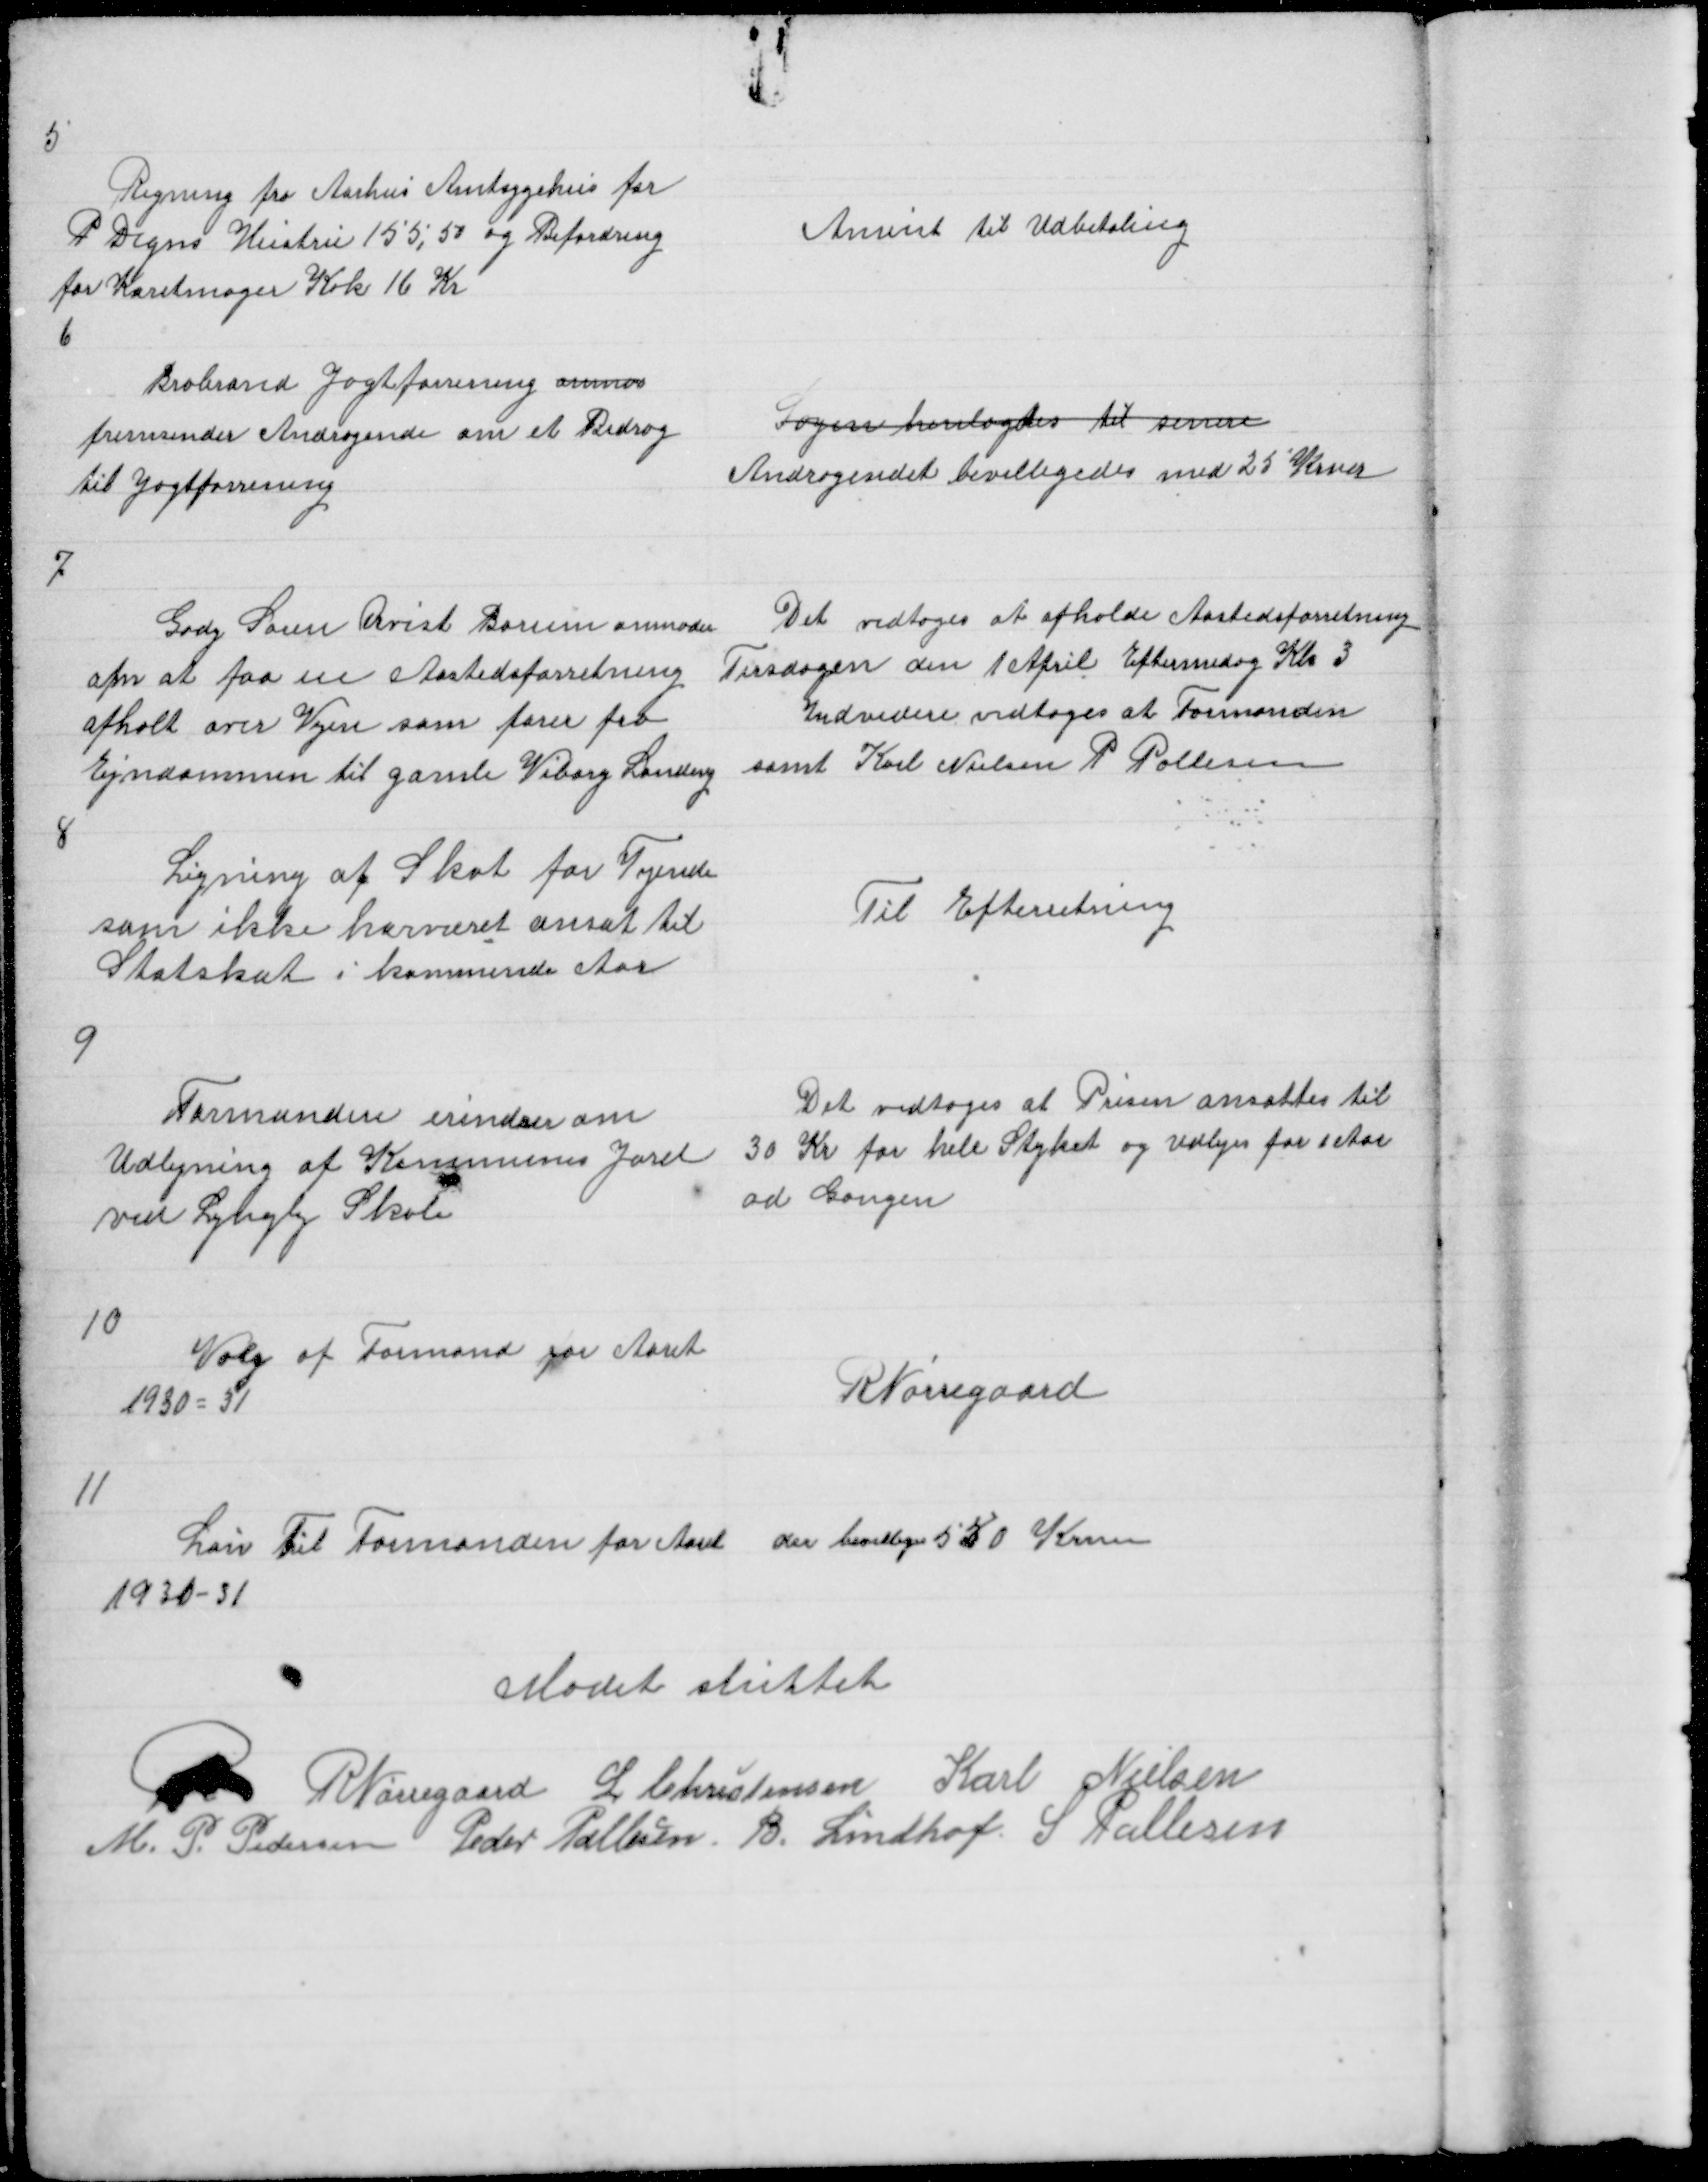
Transskription:
5

Regning fra Aarhus Amtsygehus for
P Degns Hustru 155,50 og Befordring
for Karetmager Kok 16 Kr
6

Anvist til Udbetaling

Brabrand Jagtforening anmo
fremsender Andragende om et Bidrag
til Jagtforening

Sagen henlagdes til senere
Andragendet bevilligedes med 25 Krner

7

Gdej Søren Quist Borum anmoder
om at faa en Aastedsforretning
afholt over Vejen som fører fra
Ejndommen til gamle Viborg Landevej

Det vedtoges at afholde Aastedsforretning
Tirsdagen den 1 April Eftermidag Kl 3
Indvidere vedtoges at Formanden
samt Karl Nielsen P Pallesen

8

Ligning af Skat for Tyende
som ikke harværet ansat til
Statskat i kommende Aar

Til Efterretning

9

Formanden erindrer om
Udlejning af Kommunes Jord
ved Lyngby Skole

Det vedtoges at Prisen ansattes til
30 Kr for hele Styket og udlejes for 1 Aar
ad Gangen

10

Valg af Formand for Aaret
1930 = 31

R Nørregaard

11

Løn til Formanden for Aaret
1930 - 31

der bevilligedes 550 Krner

Mødet sluttet
R R Nørregaard L Christensen Karl Nielsen
M. P. Pedersen Peder Pallesen B. Lindhof S Pallesen